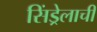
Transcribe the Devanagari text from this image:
सिंड्रेलाची